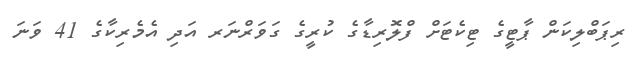
ރިޕަބްލިކަން ޕާޓީގެ ޓިކެޓަށް ފްލޮރިޑާގެ ކުރީގެ ގަވަރްނަރ އަދި އެމެރިކާގެ 41 ވަނަ